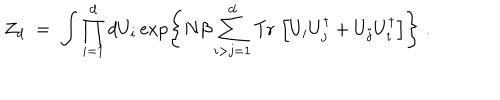
Z _ { d } \; = \; \int \prod _ { i = 1 } ^ { d } d U _ { i } \exp \left\{ N \beta \sum _ { i > j = 1 } ^ { d } \mathrm { T r } \, \left[ U _ { i } U _ { j } ^ { \dagger } + U _ { j } U _ { i } ^ { \dagger } \right] \right\} \; .